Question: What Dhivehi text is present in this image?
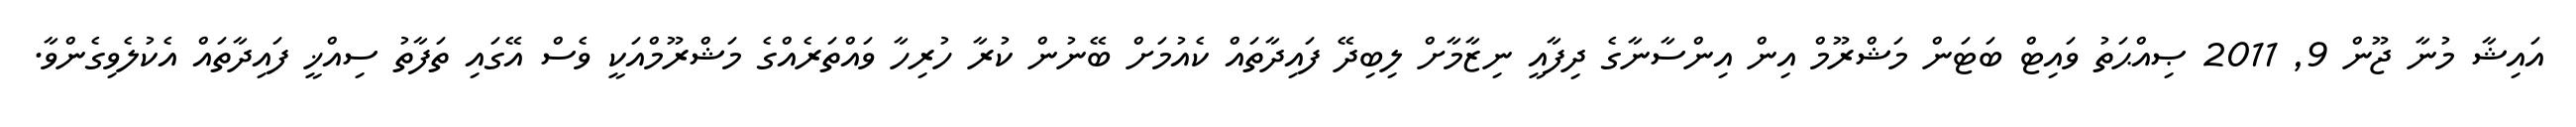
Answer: އައިޝާ މުނާ ޖޫން 9, 2011 ޞިއްޙަތު ވައިޓް ބަޓަން މަޝްރޫމް އިން އިންސާނާގެ ދިފާއީ ނިޒާމާށް ލިބިދޭ ފައިދާތައް ކެއުމަށް ބޭނުން ކުރާ ހުރިހާ ވައްތަރެއްގެ މަޝްރޫމްއަކީ ވެސް އޭގައި ތަފާތު ސިއްޚީ ފައިދާތައް އެކުލެވިގެންވާ.